Rasina_vallavalitsus, lk 47
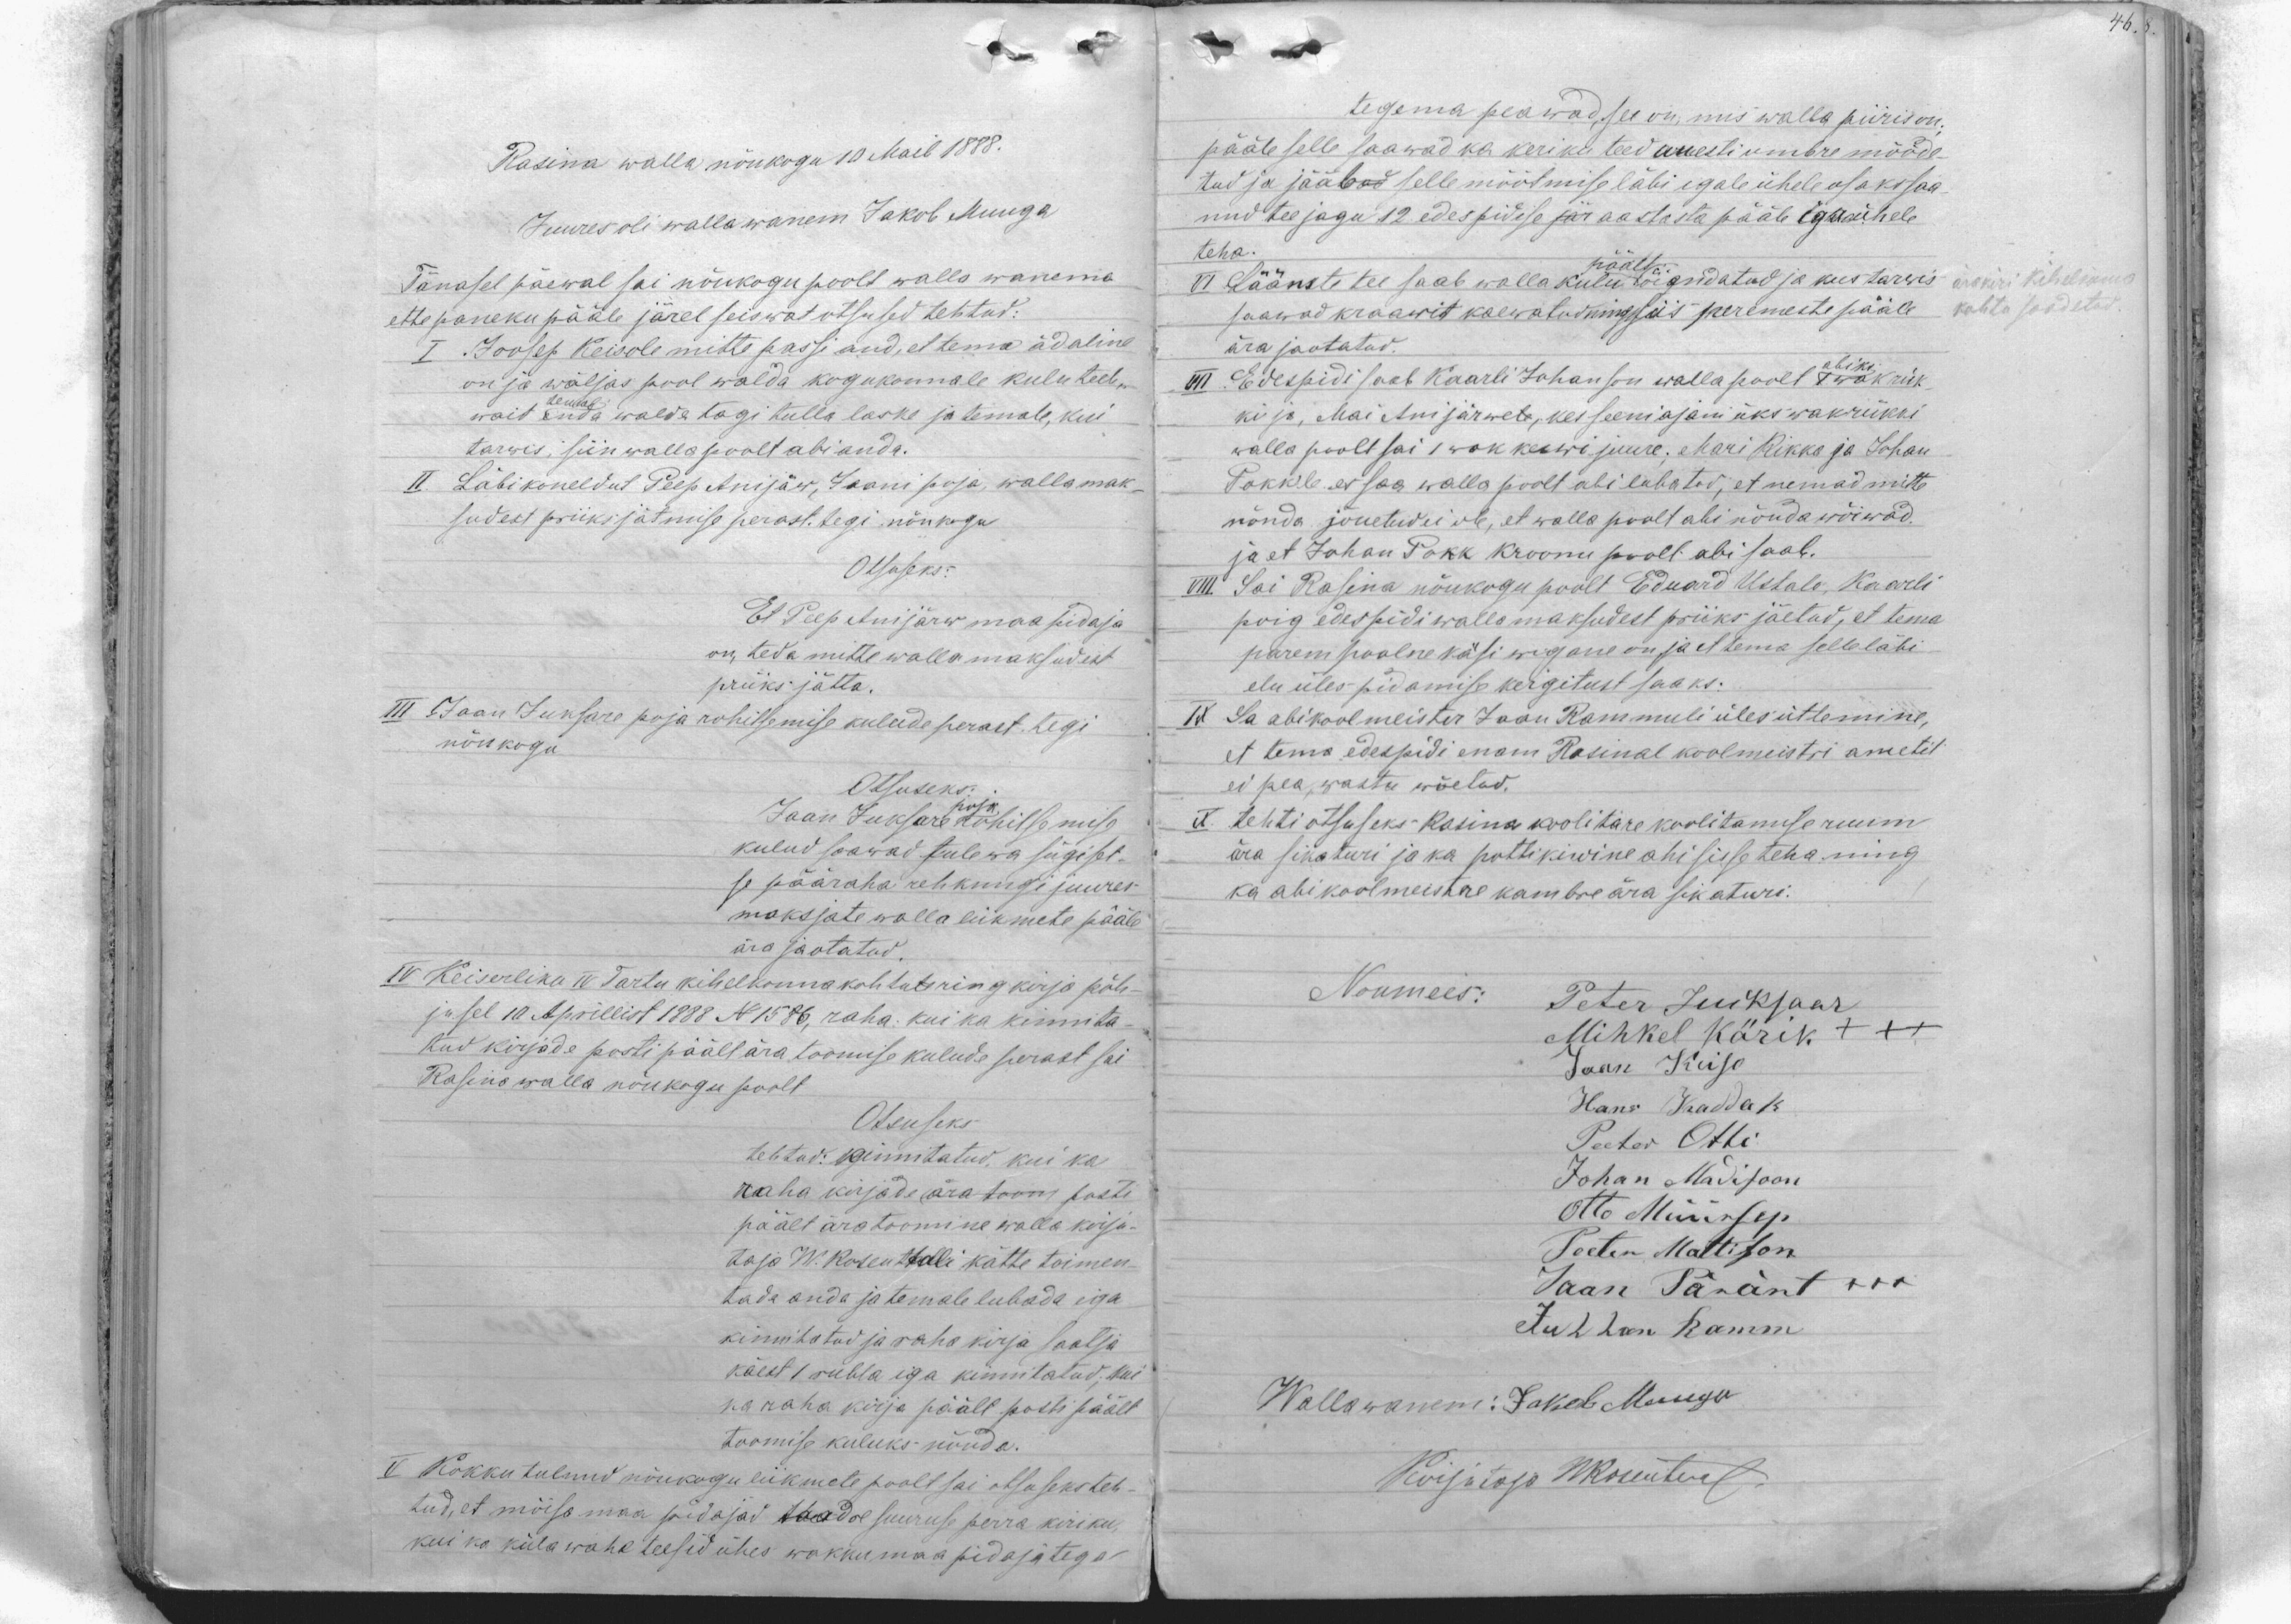
Rasina walla nõukogu 10 Mail 1888.
Juures oli walla wanem Jakob Muuga
Tänasel päewal sai nõukogu poolt walla wanema
ettepaneku pääle järel seiswat otsused tehtud:
I Joosep Keisole mitte passi and, et tema ädaline
on ja wäljas pool walda kogukonnale kulu teeb,
waid enda walda tagi tulla laske ja temale, kui
tarwis, siin walla poolt abi anda.
II. Läbi kõneldut Peep Anijäw, Jaani poja, walla mak-
sudest priiks jätmise perast. tegi nõukogu
Otsuseks:
Et Peep Anijärw maapidaja
on, teda mitte walla maksudest
priiks jätta.
III Jaan Juksare poja rohitsemise kulude perast tegi
nõukogu
Otsuseks:
Jaan Juksare rohitsemise
kulud saawad tulewa sügiset-
se pääraha rehknugi juures
maksjate walla liikmete pääle
ära jaotatud.
IV Keiserliku IV Tartu kihelkonnakohtute ringkirja põh-
jusel 10 Aprillist 1888 No 1586, raha kui ka kinnita-
tud kirjade posti päält ära toomise kulude perast sai
Rasina walla nõukogu poolt
Otsuseks
tehtud: kinnitatud, kui ka
raha kirjade ära toom posti
päält äratoomine walla kirju-
taja W. Rosenthali kätte toimen-
tada anda ja temale lubada iga
kinnitatud ja raha kirja saatja
käest 1 rubla iga kinnitatud; kui
ka raha kirja päält posti päält
toomise kuluks nõuda.
V Kokku tulnud nõukogu liikmete poolt sai otsuseks teh-
tud, et mõisa maa pidajad taadre suuruse perra kiriku,
kui ka küla wahe teesid ühes wakkumaa pidajatega
temal
poja

tegema peawad, see on, mis walla piiris on;
pääle selle saawad ka keriku teed uuesti umbre mõõde-
tud ja jääbad selle mõõtmise läbi igale ühele osaks saa-
nud tee jagu 12 edespidise jär aastasta pääle igaühele
teha.
päält
VI Läänste tee saab walla kulu õiendatud ja kus tarvis
ärakiri kihelkonna
kohtu saadetud.
saawad kraawit kaewatud ningsiis peremeeste pääle
ära jaotatud.
abiks
VII Edespidi saab Kaarli Johanson walla poolt 1 wak rük
ki ja, Mai Anijärwele, kes seeniajani üks wakrükki
walla poolt sai 1 wak keswi juure; Mari Rikka ja Johan
Pokk'le es saa walla poolt abi lubatud, et nemad mitte
nõnda jõuetud ei ole, et walla poolt abi nõuda wõiwad.
ja et Johan Pokk Kroonu poolt abi saab.
VIII Sai Rasina nõukogu poolt Eduard Ustalo, Kaarli
poig edespidi walla maksudest priiks jäetud, et tema
parem poolne käsi wigane on ja et tema selle läbi
elu üles pidamise kergitust saaks:
IX Sa abikoolmeister Jaan Rammuli üles ütlemine,
et tema edespidi enam Rasinal koolmeistri ametit
ei pea, wastu wõetud.
IX. tehti otsuseks Rasina koolitare koolitamise ruum
ära sikaturi ja ka pottikiwine ahi sisse teha ning
ka abikoolmeistre kambre ära sikaturi.
Noumees: Peter Jueksaar
Mihkel Kärik +++
Jaan Keiso
Hans Kaddak
Peeter Otti
Johan Madisoon
Otto Müürsep
Peeter Mattison
Jaan Päränt XXX
Juhhan Ramm
Wallawanem: Jakob Muuga
Kirjutaja WRosenthal.